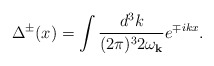
\begin{align*}\Delta^{\pm}(x)=\int \frac{d^3k}{(2\pi)^3 2\omega_{{\bf k}}} e^{\mp ikx} .\end{align*}